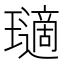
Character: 瓋